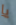
يا